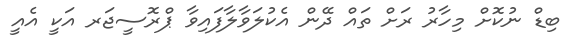
ބިޑް ނުކޮށް މިހާރު ރަށް ތައް ދޭން އެކުލަވާލާފައިވާ ޕްރޮސީޖަރ އަކީ އެއީ